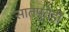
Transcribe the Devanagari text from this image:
सातपुतेही